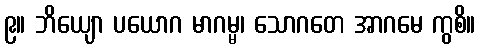
၉။ ဘိယျော ပယောဂ မာဂမ္မ၊ သောဂတေ အာဂမေ ကွစိ။